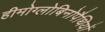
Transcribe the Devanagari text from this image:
हीमोग्लोबिनोपैथियों